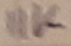
Text: 11K